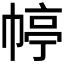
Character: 𭘭